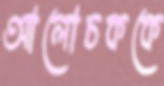
আলোচককে